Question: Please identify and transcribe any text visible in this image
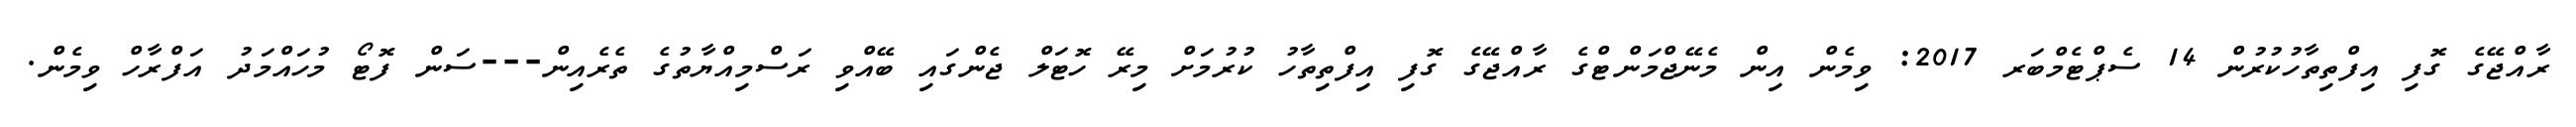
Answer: ރާއްޖޭގެ ގޮފި އިފްތިތާހުކުރުން 14 ސެޕްޓެމްބަރ 2017: ވިމެން އިން މެނޭޖްމަންޓްގެ ރާއްޖޭގެ ގޮފި އިފްތިތާހު ކުރުމަށް މިރޭ ހޮޓަލް ޖެންގައި ބޭއްވި ރަސްމިއްޔާތުގެ ތެރެއިން---ސަން ފޮޓޯ މުހައްމަދު އަފްރާހް ވިމެން.